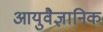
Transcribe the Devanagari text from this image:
आयुवैज्ञानिक